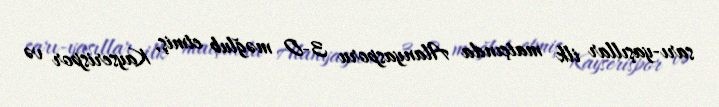
sarı-yaşıllar ilk matçında Alanyasporu 3-0 məğlub etmiş, Kayserispor və